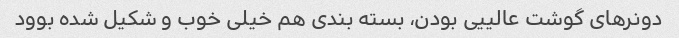
دونر‌های گوشت عالییی بودن، بسته بندی هم خیلی خوب و شکیل شده بوود